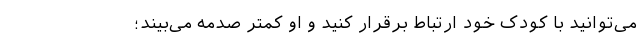
می‌توانید با کودک خود ارتباط برقرار کنید و او کمتر صدمه می‌بیند؛